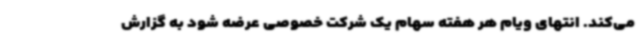
می‌کند. انتهای ویام هر هفته سهام یک شرکت خصوصی عرضه شود به گزارش